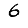
Digit: 6